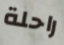
راحلة